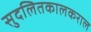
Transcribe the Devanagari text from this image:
सुदलितकालकराल